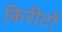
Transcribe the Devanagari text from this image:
किरीटों